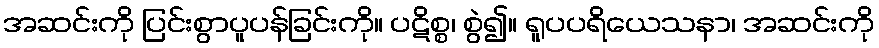
အဆင်းကို ပြင်းစွာပူပန်ခြင်းကို။ ပဋိစ္စ၊ စွဲ၍။ ရူပပရိယေသနာ၊ အဆင်းကို